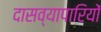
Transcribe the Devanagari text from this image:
दासव्यापारियों